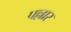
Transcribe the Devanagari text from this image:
पल्लार